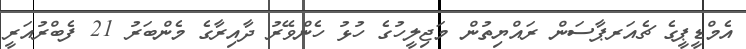
އެމްޑީޕީގެ ޗެއަރޕާސަން ރައްޔިތުން މަޖިލީހުގެ ހުޅު ހެންވޭރު ދާއިރާގެ މެންބަރު 21 ފެބްރުއަރީ